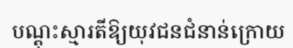
បណ្តុះស្មារតីឱ្យយុវជនជំនាន់ក្រោយ